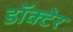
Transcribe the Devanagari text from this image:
डॉक्टेर